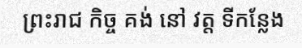
ព្រះរាជ កិច្ច គង់ នៅ វត្ត ទីកន្លែង